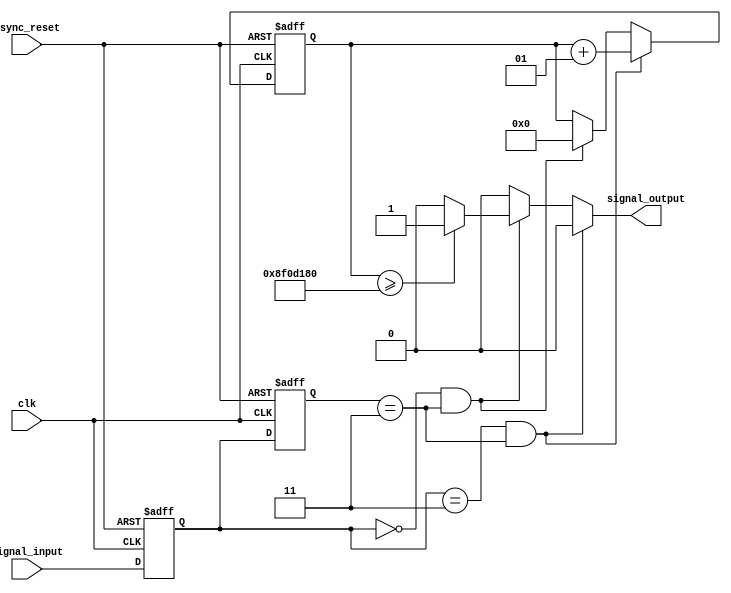
module rising_edge_timer
	(
		input async_reset,
		input clk,
		input [1 : 0] signal_input,
		output reg signal_output
	);
	
	localparam ONE_SECOND = 50_000_000;
	
	reg [1 : 0] ff1_reg, ff1_next;
	reg [1 : 0] ff2_reg, ff2_next;
	integer timer_reg, timer_next;
	
	always @(negedge async_reset, posedge clk) begin
		if (!async_reset) begin
			ff1_reg <= 2'b00;
			ff2_reg <= 2'b00;
			timer_reg <= 0;
		end else begin
			ff1_reg <= ff1_next;
			ff2_reg <= ff2_next;
			timer_reg <= timer_next;
		end
	end
	
	always @(*) begin
		
		ff1_next <= signal_input;
		ff2_next <= ff1_reg;
		timer_next <= timer_reg;
	
		signal_output <= 1'b0;
	
		if (ff1_reg == 2'b11 && ff2_reg == 2'b11) begin
			timer_next <= timer_reg + 1;
		end 
		else if (ff1_reg == 2'b00 && ff2_reg == 2'b11) begin
			timer_next <= 0;
			if (timer_reg >= 3 * ONE_SECOND)
				signal_output <= 1'b1;
		end 
		
	end
	
endmodule